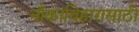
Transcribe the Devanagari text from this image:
नौकाविहारासाठी